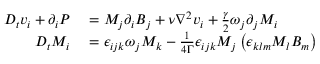
\begin{array} { r l } { D _ { t } v _ { i } + \partial _ { i } P } & { { } = M _ { j } \partial _ { i } B _ { j } + \nu \nabla ^ { 2 } v _ { i } + \frac { \gamma } { 2 } \omega _ { j } \partial _ { j } M _ { i } } \\ { D _ { t } M _ { i } } & { { } = \epsilon _ { i j k } \omega _ { j } M _ { k } - \frac { 1 } { 4 \Gamma } \epsilon _ { i j k } M _ { j } \left( \epsilon _ { k l m } M _ { l } B _ { m } \right) } \end{array}